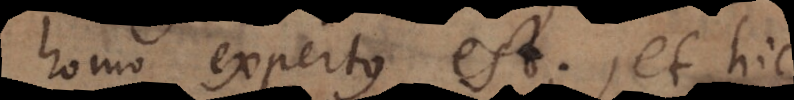
homo expertus est, et hic